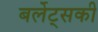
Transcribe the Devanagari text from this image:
बर्लेट्सकी